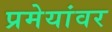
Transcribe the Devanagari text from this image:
प्रमेयांवर